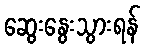
ဆွေးနွေးသွားရန်